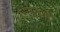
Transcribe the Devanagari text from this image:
राणीसती